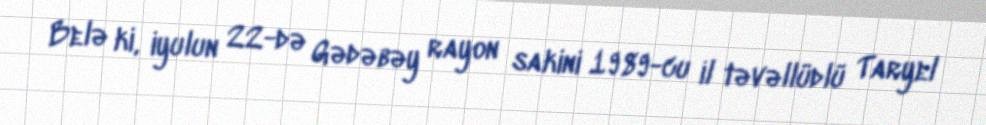
Belə ki, iyulun 22-də Gədəbəy rayon sakini 1989-cu il təvəllüdlü Taryel